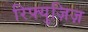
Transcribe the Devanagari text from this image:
रिफ्युज़िज़